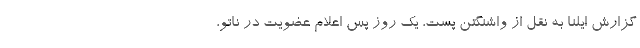
گزارش ایلنا به نقل از واشنگتن پست، یک روز پس اعلام عضویت در ناتو،